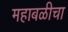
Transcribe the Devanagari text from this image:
महाबळीचा